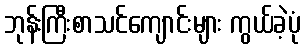
ဘုန်းကြီးစာသင်ကျောင်းများ ကွယ်ခဲ့ပုံ